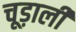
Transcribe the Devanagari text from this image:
चूड़ाली